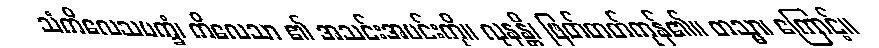
သံကိလေသပက္ခံ၊ ကိလေသာ ၏ အသင်းအပင်းကို။ လုနန္တိ၊ ဖြတ်တတ်ကုန်၏။ တသ္မာ၊ ကြောင့်။